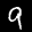
Label: 9